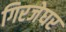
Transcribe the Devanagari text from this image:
गिरजेघर